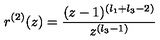
r ^ { ( 2 ) } ( z ) = \frac { ( z - 1 ) ^ { ( l _ { 1 } + l _ { 3 } - 2 ) } } { z ^ { ( l _ { 3 } - 1 ) } }